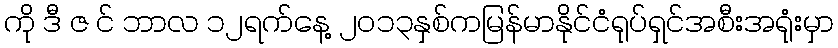
ကို ဒီ ဇ င် ဘာလ ၁၂ရက်နေ့ ၂၀၁၃နှစ်ကမြန်မာနိုင်ငံရုပ်ရှင်အစီးအရုံးမှာ